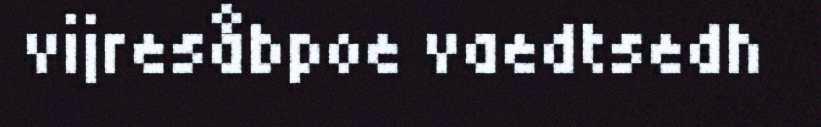
vijresåbpoe vaedtsedh